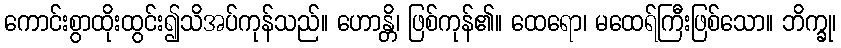
ကောင်းစွာထိုးထွင်း၍သိအပ်ကုန်သည်။ ဟောန္တိ၊ ဖြစ်ကုန်၏။ ထေရော၊ မထေရ်ကြီးဖြစ်သော။ ဘိက္ခု၊